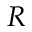
R